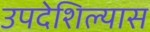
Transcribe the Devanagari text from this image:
उपदेशिल्यास